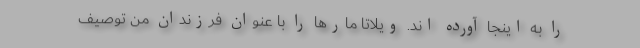
را به اینجا آورده اند. ویلاتا مار‌ها را با عنوان فرزندان من توصیف